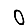
Digit: 0